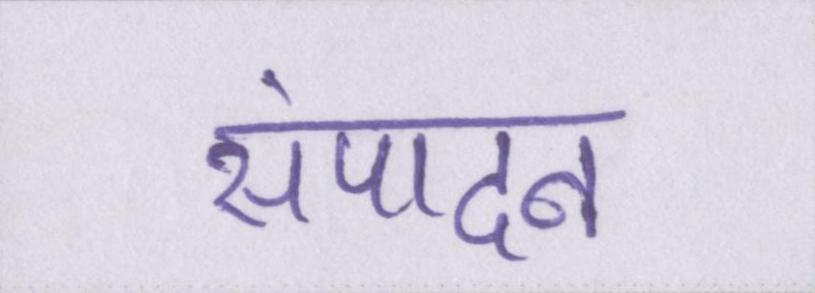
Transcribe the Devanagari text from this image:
संपादन